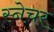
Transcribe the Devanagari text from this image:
स्नेचर